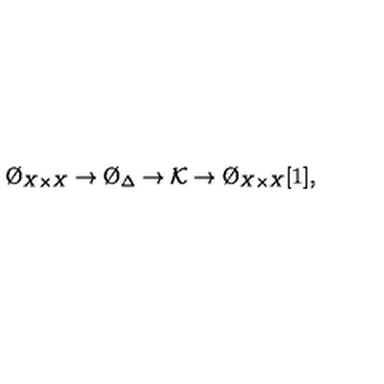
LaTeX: \O _ { X \times X } \to \O _ { \Delta } \to { \cal K } \to \O _ { X \times X } [ 1 ] ,